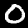
Digit: 0